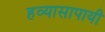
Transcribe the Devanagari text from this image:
हव्यासापायी